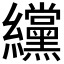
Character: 𫄗